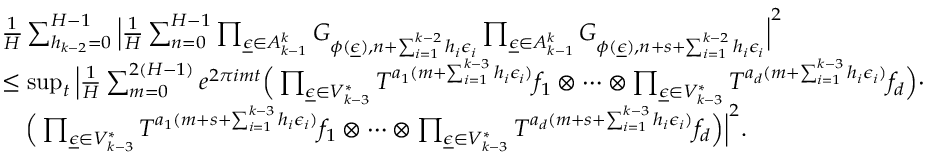
\begin{array} { r l } & { \frac { 1 } { H } \sum _ { h _ { k - 2 } = 0 } ^ { H - 1 } \Big | \frac { 1 } { H } \sum _ { n = 0 } ^ { H - 1 } \prod _ { \underline { { \epsilon } } \in A _ { k - 1 } ^ { k } } G _ { \phi ( \underline { { \epsilon } } ) , n + \sum _ { i = 1 } ^ { k - 2 } h _ { i } \epsilon _ { i } } \prod _ { \underline { { \epsilon } } \in A _ { k - 1 } ^ { k } } G _ { \phi ( \underline { { \epsilon } } ) , n + s + \sum _ { i = 1 } ^ { k - 2 } h _ { i } \epsilon _ { i } } \Big | ^ { 2 } } \\ & { \le \operatorname* { s u p } _ { t } \Big | \frac { 1 } { H } \sum _ { m = 0 } ^ { 2 ( H - 1 ) } e ^ { 2 \pi i m t } \Big ( \prod _ { \underline { { \epsilon } } \in V _ { k - 3 } ^ { * } } T ^ { a _ { 1 } ( m + \sum _ { i = 1 } ^ { k - 3 } h _ { i } \epsilon _ { i } ) } f _ { 1 } \otimes \cdots \otimes \prod _ { \underline { { \epsilon } } \in V _ { k - 3 } ^ { * } } T ^ { a _ { d } ( m + \sum _ { i = 1 } ^ { k - 3 } h _ { i } \epsilon _ { i } ) } f _ { d } \Big ) \cdot } \\ & { \ \ \ \Big ( \prod _ { \underline { { \epsilon } } \in V _ { k - 3 } ^ { * } } T ^ { a _ { 1 } ( m + s + \sum _ { i = 1 } ^ { k - 3 } h _ { i } \epsilon _ { i } ) } f _ { 1 } \otimes \cdots \otimes \prod _ { \underline { { \epsilon } } \in V _ { k - 3 } ^ { * } } T ^ { a _ { d } ( m + s + \sum _ { i = 1 } ^ { k - 3 } h _ { i } \epsilon _ { i } ) } f _ { d } \Big ) \Big | ^ { 2 } . } \end{array}